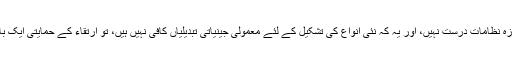
مگر جب یہ ثابت کیا گیا کہ جدید ڈارونزم کے مجوزہ نظامات درست نہیں، اور یہ کہ نئی انواع کی تشکیل کے لئے معمولی جینیاتی تبدیلیاں کافی نہیں ہیں، تو ارتقاء کے حمایتی ایک بار پھر نئے ماڈلوں کی تلاش میں نکل کھڑے ہوئے۔